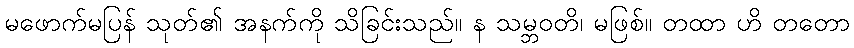
မဖောက်မပြန် သုတ်၏ အနက်ကို သိခြင်းသည်။ န သမ္ဘဝတိ၊ မဖြစ်။ တထာ ဟိ တတော